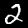
Label: 2